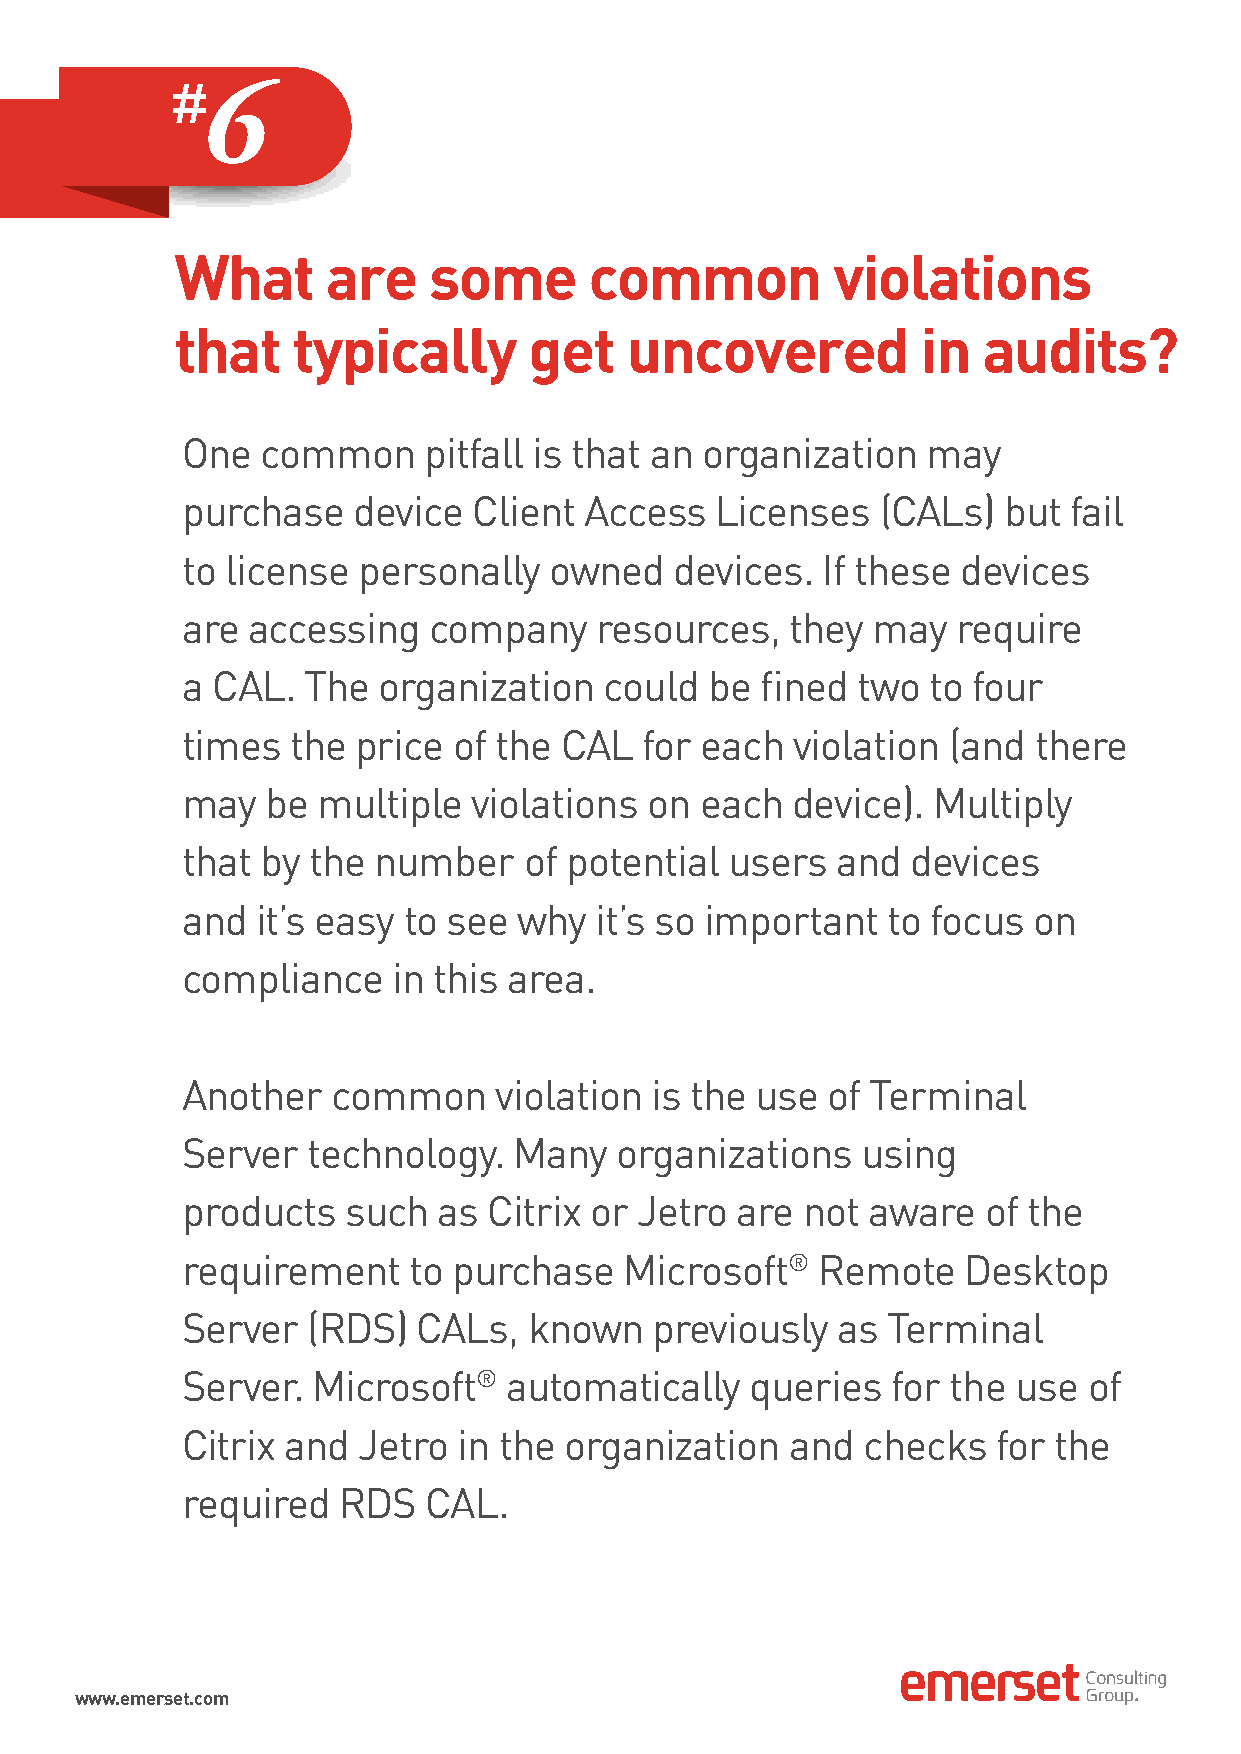
6
 What      are   some       common          violations
 that   typically       get   uncovered           in  audits?
 One  common     pitfall is that an organization  may
 purchase   device  Client  Access  Licenses   (CALs)  but  fail
 to license  personally  owned    devices. If these  devices
 are accessing   company    resources,   they  may  require
 a CAL.  The  organization   could  be fined  two to four
 times  the  price of the CAL  for each   violation (and there
 may   be multiple  violations  on each  device).  Multiply
 that by the  number    of potential users  and  devices
 and  it’s easy to see why  it’s so important   to focus on
 compliance    in this area.
 Another   common     violation is the use  of Terminal
 Server  technology.   Many   organizations   using
 products   such  as Citrix or Jetro  are not aware   of the
 requirement    to purchase   Microsoft®   Remote    Desktop
 Server  (RDS)   CALs,  known   previously  as  Terminal
 Server.  Microsoft®  automatically    queries  for the use  of
 Citrix and  Jetro in the organization   and  checks   for the
 required  RDS   CAL.
 www.emerset.com